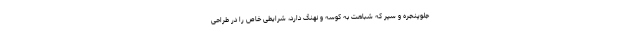
جلوپنجره و سپر که شباهت به کوسه و نهنگ دارد، شرایطی خاص را در طراحی